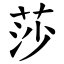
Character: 莎